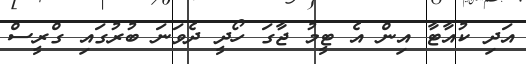
އަދި ކުއާޓާ އިން އެ ޓީމު ޖާގަ ހޯދީ ދެވަނަ ބުރުގައި ގްރީސް